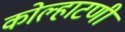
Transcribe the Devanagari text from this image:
कोल्हाटणी